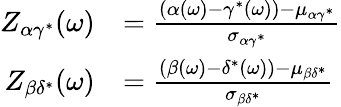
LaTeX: \begin{array}{rl}{Z_{\alpha\gamma^{*}}(\omega)}&{=\frac{(\alpha(\omega)-\gamma^{*}(\omega))-\mu_{\alpha\gamma^{*}}}{\sigma_{\alpha\gamma^{*}}}}\\ {Z_{\beta\delta^{*}}(\omega)}&{=\frac{(\beta(\omega)-\delta^{*}(\omega))-\mu_{\beta\delta^{*}}}{\sigma_{\beta\delta^{*}}}}\end{array}